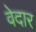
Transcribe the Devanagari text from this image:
वेदार